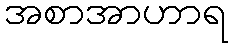
အစာအာဟာရ